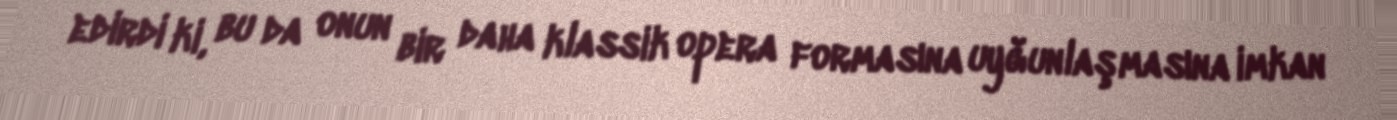
edirdi ki, bu da onun bir daha klassik opera formasına uyğunlaşmasına imkan